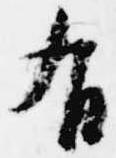
有